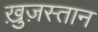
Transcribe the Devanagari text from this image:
ख़ुज़स्तान